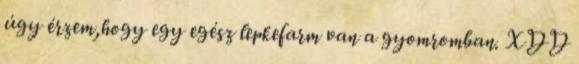
úgy érzem,hogy egy egész lepkefarm van a gyomromban. XDD